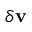
\delta \mathbf { v }